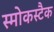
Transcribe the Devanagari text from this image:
स्मोकस्टैक